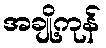
အချို့ကုန်